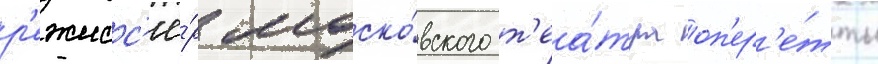
р'ежисс'ё́р моско́вского т'еа́тра оп'ер'е́тты